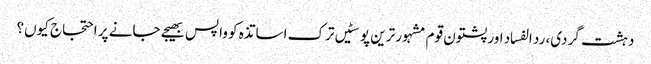
دہشت گردی، رد الفساد اور پشتون قوم	مشہور ترین پوسٹیں	ترک اساتذہ کو واپس بھیجے جانے پر احتجاج کیوں؟